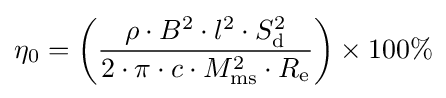
\eta _{0}=\left({\frac {\rho \cdot B^{2}\cdot l^{2}\cdot S_{\rm {d}}^{2}}{2\cdot \pi \cdot c\cdot M_{\rm {ms}}^{2}\cdot R_{\rm {e}}}}\right)\times 100\%